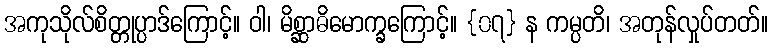
အကုသိုလ်စိတ္တုပ္ပာဒ်ကြောင့်။ ဝါ၊ မိစ္ဆာဓိမောက္ခကြောင့်။ {၀၇} န ကမ္ပတိ၊ အတုန်လှုပ်တတ်။